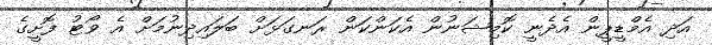
އަދި އެމްޑީޕީން އެދެނީ ކޮމިޝަނުން އެކަންކަން ރަނގަޅަށް ބަލައިދިނުމަށް އެ ވޯޓު ފޮށީގެ